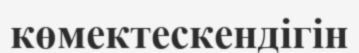
көмектескендігін